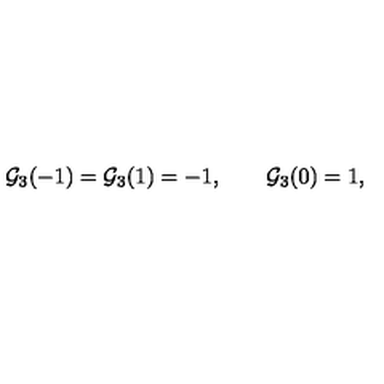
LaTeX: { \cal G } _ { 3 } ( - 1 ) = { \cal G } _ { 3 } ( 1 ) = - 1 , \qquad { \cal G } _ { 3 } ( 0 ) = 1 ,